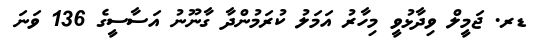
ޑރ. ޖަމީލް ވިދާޅުވީ މިހާރު އަމަލު ކުރަމުންދާ ގާނޫނު އަސާސީގެ 136 ވަނަ